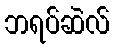
ဘရပ်ဆဲလ်